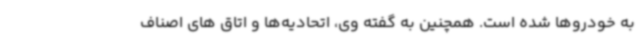
به خودروها شده است. همچنین به گفته وی، اتحادیه‌ها و اتاق های اصناف